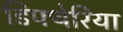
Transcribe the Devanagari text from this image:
डिफ्थेरिया